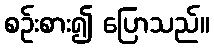
စဉ်းစား၍ ပြောသည်။